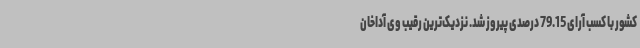
کشور با کسب آرای 79.15 درصدی پیروز شد. نزدیک‌ترین رقیب وی آداخان